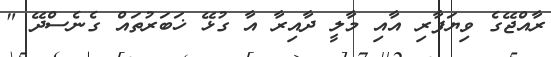
ރާއްޖޭގެ ވިޔަފާރި އާއި މާލީ ދާއިރާ އާ ގުޅޭ ޚަބަރުތައް ގެނެސްދޭ "